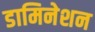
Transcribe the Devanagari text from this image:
डामिनेशन